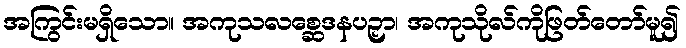
အကြွင်းမရှိသော။ အကုသလစ္ဆေဒနပဉှာ၊ အကုသိုလ်ကိုဖြတ်တော်မူ၍